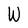
Character: W